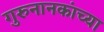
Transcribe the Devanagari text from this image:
गुरुनानकांच्या